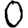
Digit: 0